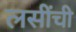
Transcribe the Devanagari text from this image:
लसींची